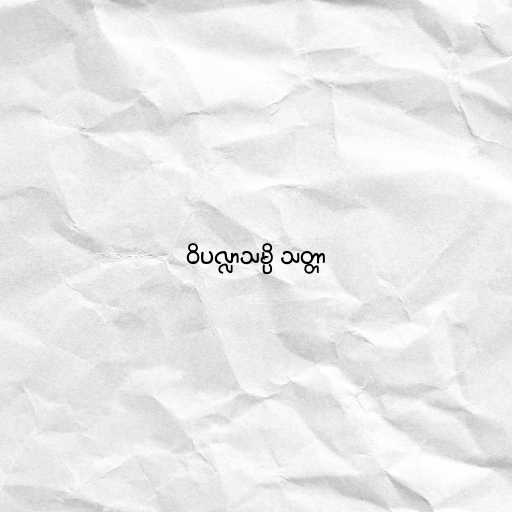
ဝိပလ္လာသမ္ပိ သတ္တာ